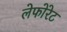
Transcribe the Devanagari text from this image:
लेफोरेट